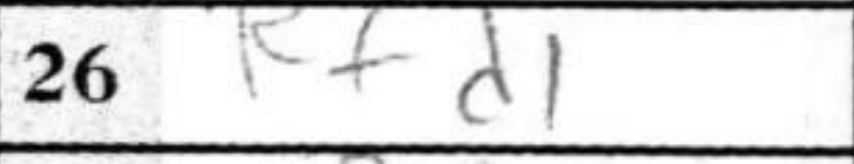
Transcription: Rfd1